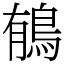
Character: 䳑